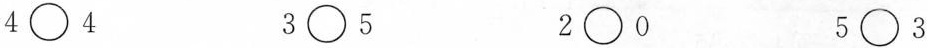
4 \bigcirc 4 3 \bigcirc 5 2 \bigcirc 0 5 \bigcirc 3